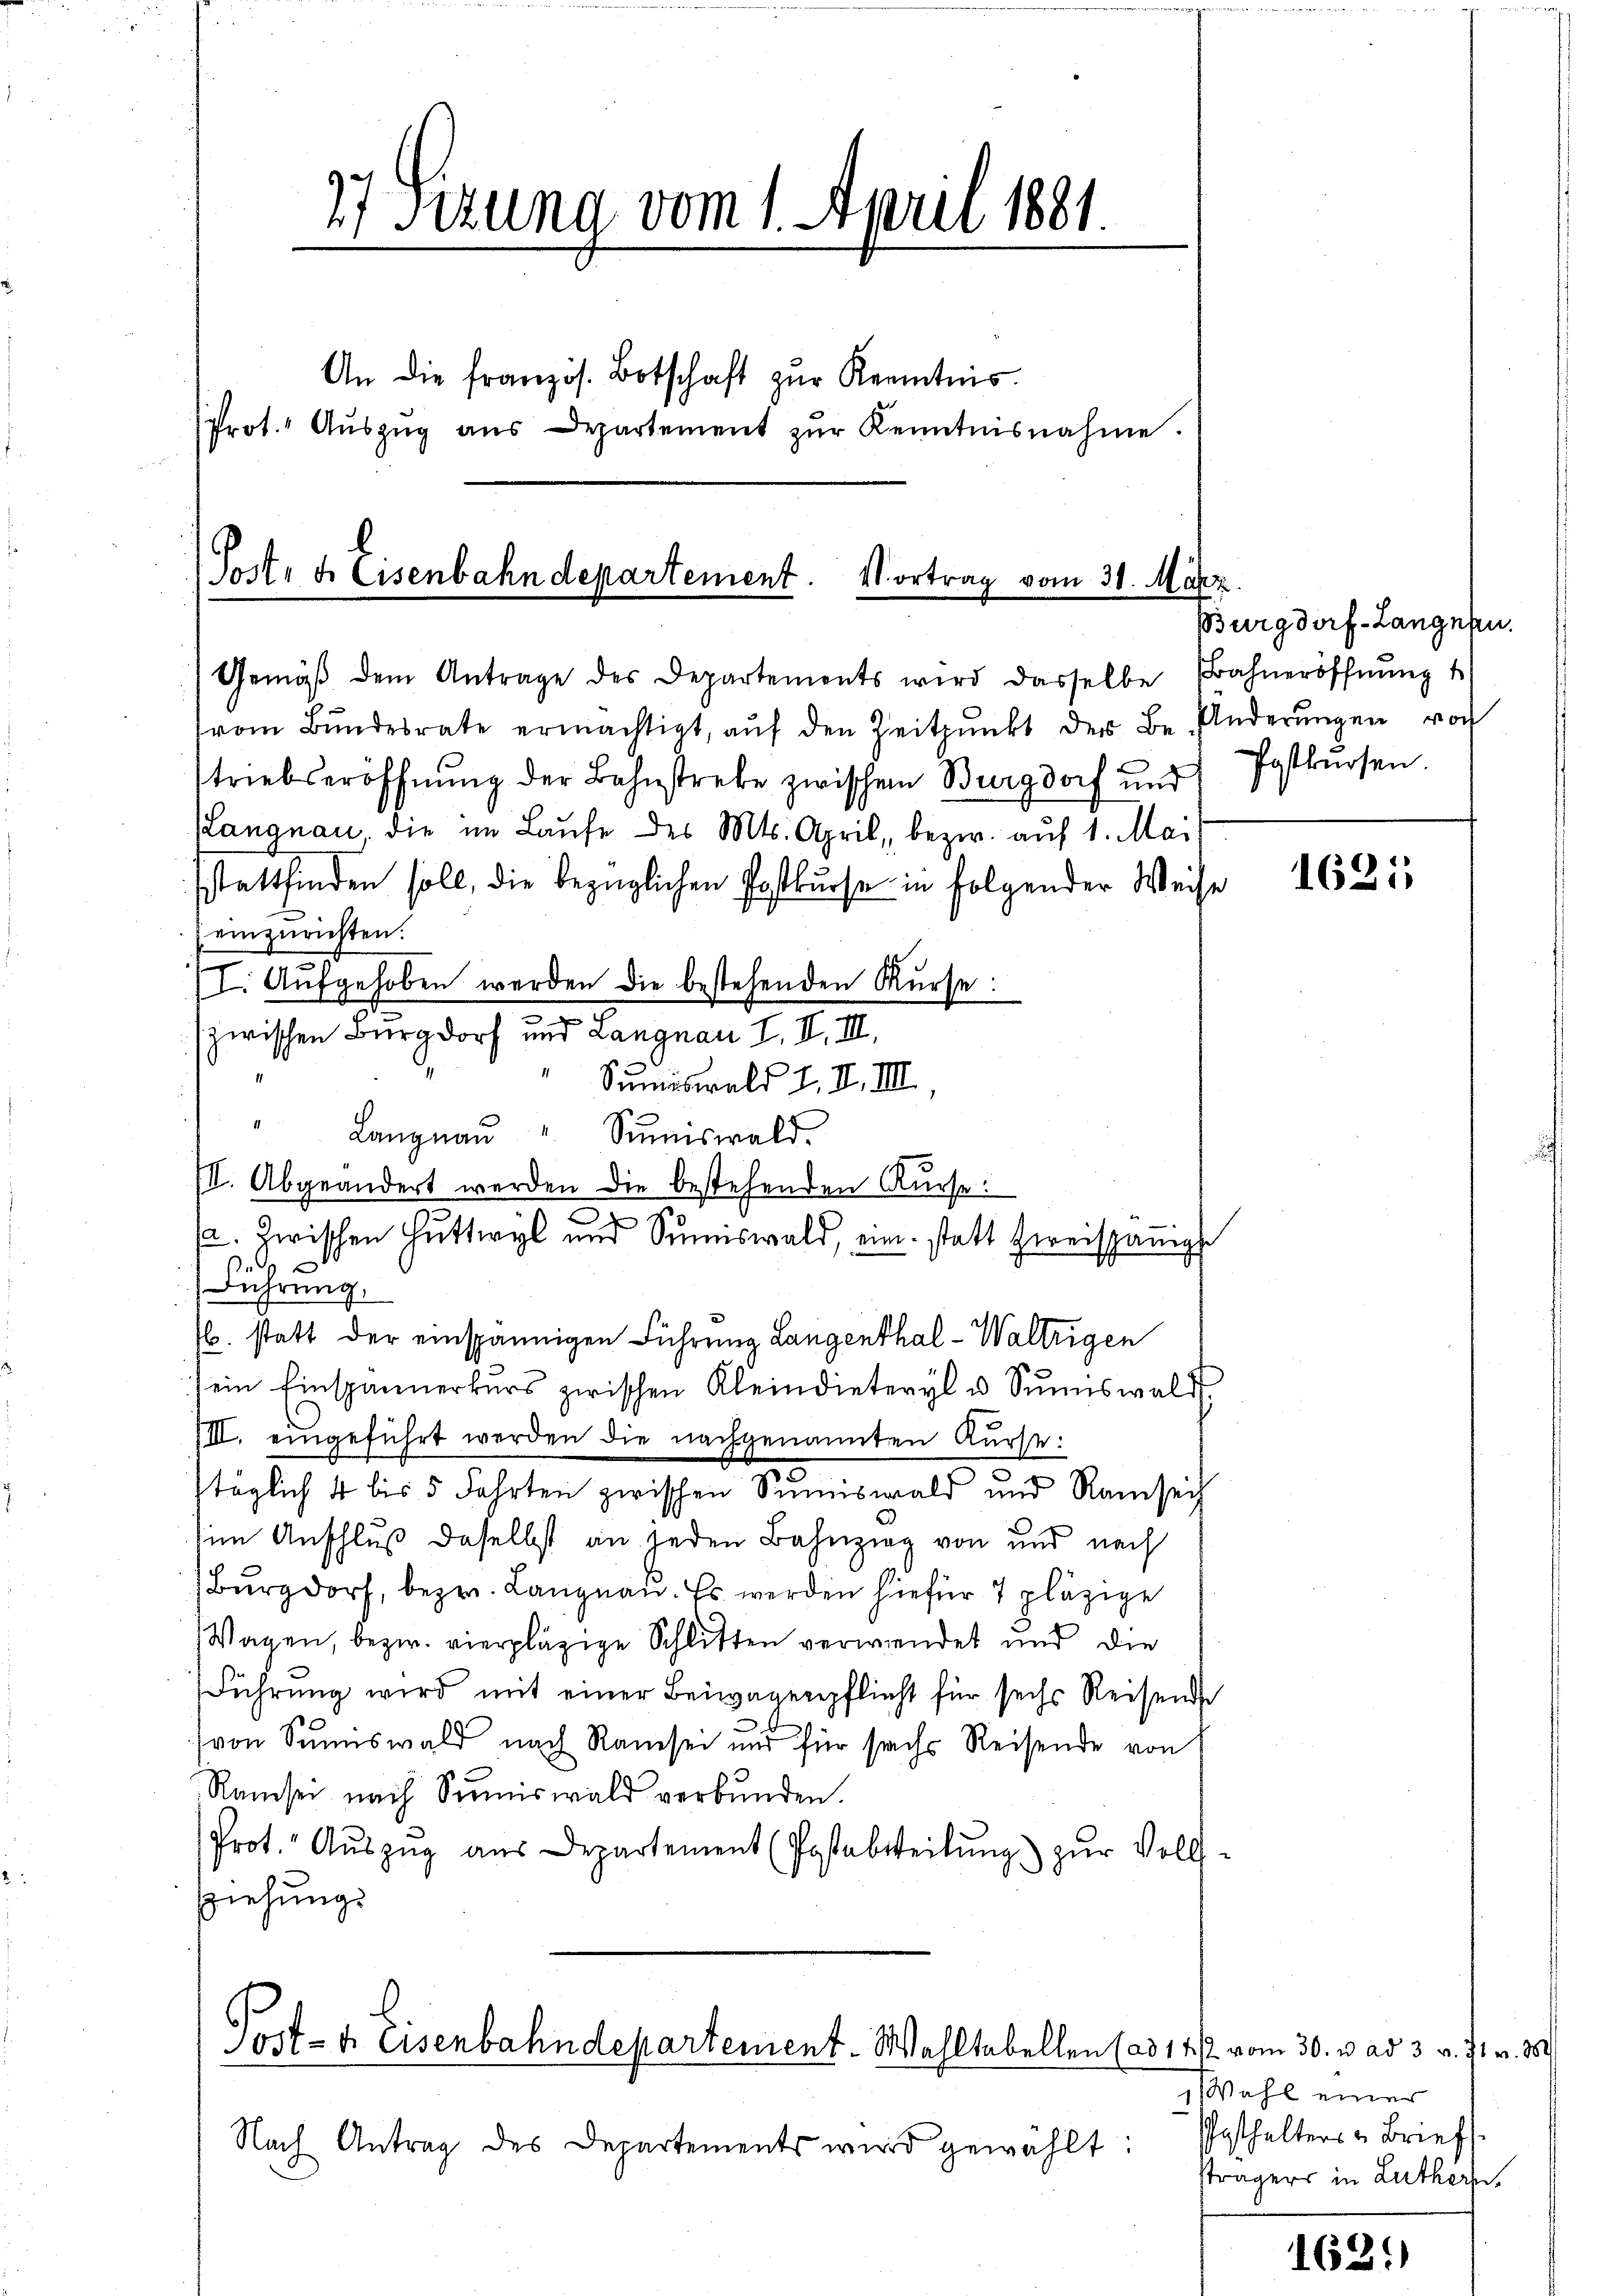
27 Stzung vom 1. April 1881.

An die französ. Botschaft zŭr Kenntnis.
(Prot. Aŭszŭg ans Departement zŭr Kenntnisnahme.

Post. d. Eisenbahndepartement. Vortrag vom 31. März
8
e

Gemäβ dem Antrage des Departements wird dasselbe Bahneröffnŭng
vom Bŭndesrate ermächtigt, aŭf den Zeitpunkt der Be- Anderŭngen vorh
triebseröffnŭng der Bahnstrebe zwischen Burgdorf und
Langnau die im Laŭfe des Mts. April, bezw. auf 1. Mai
sstattfinden soll, die bezüglichen Postkurse in folgender Weise
einzurichten.
I. Aufgehoben werden die bestehenden Kurse:
.
zwischen Burgdorf und Langnau I. II. III.
Sumiswald I. II. III.
11
Langnau
Sumiswald.
III. Abgeändert werden die bestehenden Kurse:
5.
/. zwischen Huttwyl und Sŭmiswald, ein statt zweispänigs
 x
Führung.
b. statt der einspännigen Führung Langenthal-Waltrigen
sein Einspännerkŭrs zwischen Kleindieteryl u. Sŭmiswald
IIII. eingeführt werden die nachgenannten Kurse:
täglich 4 bis 5 Fahrten zwischen Summiswald und Ramsech
im Anschluß daselbst an jeden Bahnzieg von und nach
Burgdorf, bezw. Langnau. Es werden hiefür 7 pläzige
Wagen, bezw. vierplägige Schlitten verwendet und die
Führung wird mit einer Beiwagerpflicht für sechs Reisende
von Sunswald nach Ramesen und für sechs Reisende von
Ramsei nach Simiswald verbunden.
Prot. Aŭszŭg aŭs Departement (Postabteilŭng zŭr Volls-
ziehungs

Post- & Eisenbahndepartement. Wahltabellen (ad 11/2. vom 30. v. ad 3. v. 31. v. M.

Nach Antrag des Departements wird gewählt:

Burgdorf-Langnen.
Postkursen.

1621

Wahl einer
Pesthalters - Brief
strägers in Lutherz

162.